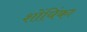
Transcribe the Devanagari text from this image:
शोंयिंका